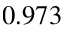
0 . 9 7 3